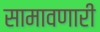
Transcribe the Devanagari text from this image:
सामावणारी